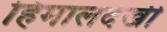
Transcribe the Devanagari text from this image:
हिमालदेखी